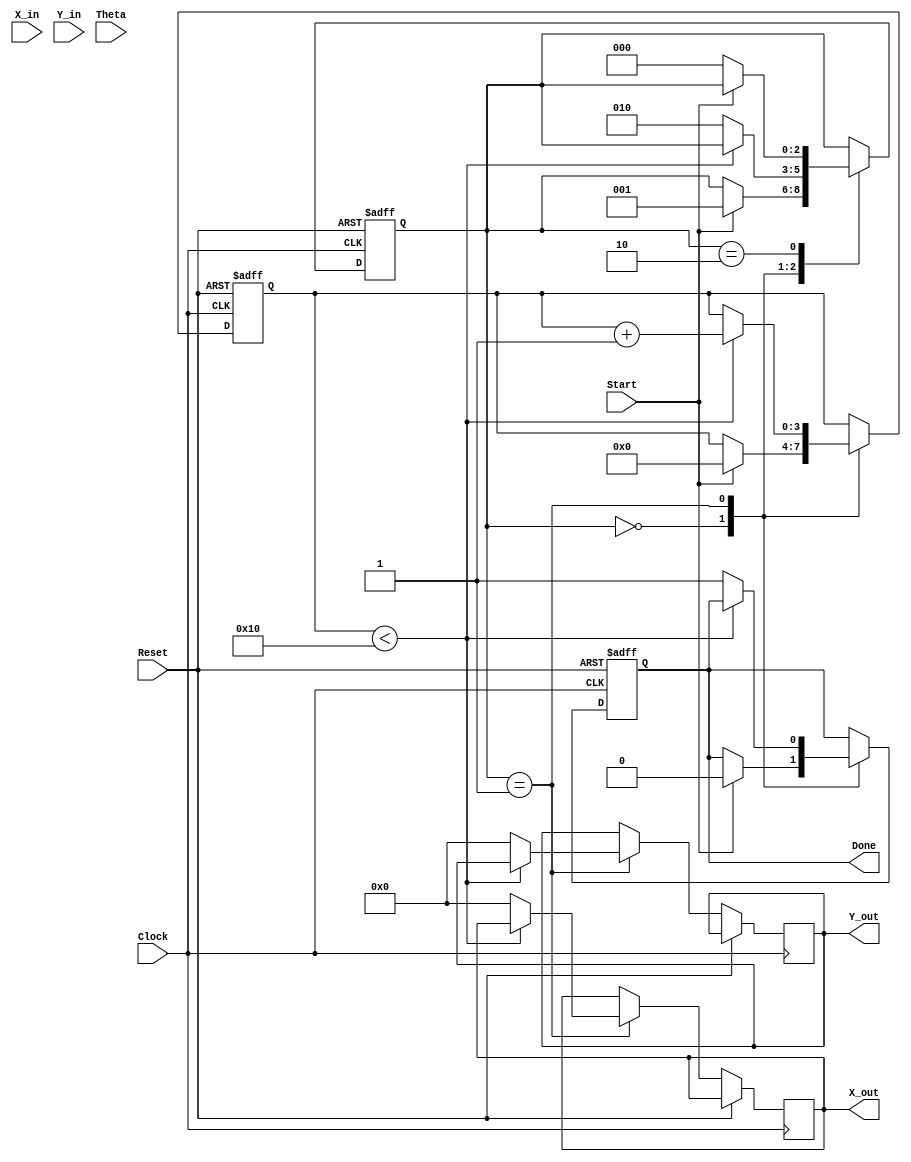
module complex_cordic(
    input  wire signed [15:0] X_in,      // Real part of the input vector
    input  wire signed [15:0] Y_in,      // Imaginary part of the input vector
    input  wire signed [15:0] Theta,     // Angle of rotation
    input  wire Start,                   // Control signal to initiate the CORDIC operation
    input  wire Reset,                   // Asynchronous reset signal
    input  wire Clock,                   // Clock signal
    output reg signed [15:0] X_out,      // Real part of the output vector
    output reg signed [15:0] Y_out,      // Imaginary part of the output vector
    output reg Done                      // Signal indicating the completion of the CORDIC operation
);

    // Parameters
    parameter NUM_ITERATIONS = 16;      // Number of iterations for precision
    parameter FIXED_SCALE_FACTOR = 16'h1A3D; // Precomputed scaling factor (example value)

    // Internal signals
    reg signed [15:0] x_curr;
    reg signed [15:0] y_curr;
    reg signed [15:0] theta_curr;
    reg [3:0] iteration_count;
    reg [2:0] state;

    // State Definitions
    localparam IDLE        = 3'b000;
    localparam ROTATE      = 3'b001;
    localparam DONE_STATE   = 3'b010;

    // Angle Lookup Table (precomputed angles)
    reg signed [15:0] angle_table [0:NUM_ITERATIONS-1];
    
    initial begin
        // Initialize angle lookup table (in radians or degrees)
        angle_table[0] = 16'h1C71; // atan(2^-0)
        angle_table[1] = 16'h1B3D; // atan(2^-1)
        angle_table[2] = 16'h1A3D; // atan(2^-2)
        angle_table[3] = 16'h193A; // atan(2^-3)
        angle_table[4] = 16'h1845; // atan(2^-4)
        // Continue initializing the rest of the angles...
        // ...
        angle_table[NUM_ITERATIONS-1] = 16'h0000; // Last angle (not used)
        
        // Initialize outputs
        Done = 0;
        X_out = 0;
        Y_out = 0;
    end

    // State Machine and CORDIC Algorithm
    always @(posedge Clock or posedge Reset) begin
        if (Reset) begin
            // Reset state
            state <= IDLE;
            iteration_count <= 0;
            x_curr <= 0;
            y_curr <= 0;
            theta_curr <= 0;
            Done <= 0;
        end else begin
            case (state)
                IDLE: begin
                    if (Start) begin
                        // Initialize inputs
                        x_curr <= X_in;
                        y_curr <= Y_in;
                        theta_curr <= Theta;
                        iteration_count <= 0;
                        Done <= 0;
                        state <= ROTATE;
                    end
                end
                
                ROTATE: begin
                    if (iteration_count < NUM_ITERATIONS) begin
                        // CORDIC rotation logic
                        if (theta_curr < 0) begin
                            // Perform rotation in negative direction
                            x_curr <= x_curr + (y_curr >>> iteration_count);
                            y_curr <= y_curr - (x_curr >>> iteration_count);
                            theta_curr <= theta_curr + angle_table[iteration_count];
                        end else begin
                            // Perform rotation in positive direction
                            x_curr <= x_curr - (y_curr >>> iteration_count);
                            y_curr <= y_curr + (x_curr >>> iteration_count);
                            theta_curr <= theta_curr - angle_table[iteration_count];
                        end
                        iteration_count <= iteration_count + 1;
                    end else begin
                        // Scaling the output and move to DONE state
                        X_out <= x_curr * FIXED_SCALE_FACTOR >>> 16; // Scale the output
                        Y_out <= y_curr * FIXED_SCALE_FACTOR >>> 16; // Scale the output
                        Done <= 1;
                        state <= DONE_STATE;
                    end
                end

                DONE_STATE: begin
                    // Stay in DONE state until reset or new operation starts
                    if (!Start) begin
                        state <= IDLE; // Transition back to IDLE when Start is low
                    end
                end
            endcase
        end
    end

endmodule